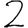
Digit: 2